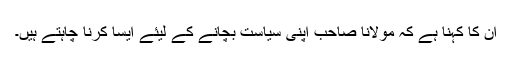
ان کا کہنا ہے کہ مولانا صاحب اپنی سیاست بچانے کے لیئے ایسا کرنا چاہتے ہیں۔